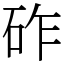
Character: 砟